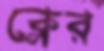
ক্লের